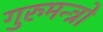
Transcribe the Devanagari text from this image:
गुरुमन्त्रो